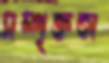
সম্পৃক্ততা